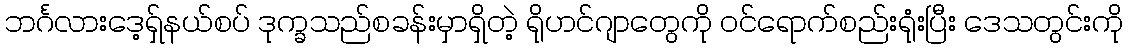
ဘင်္ဂလားဒေ့ရှ်နယ်စပ် ဒုက္ခသည်စခန်းမှာရှိတဲ့ ရိုဟင်ဂျာတွေကို ဝင်ရောက်စည်းရုံးပြီး ဒေသတွင်းကို